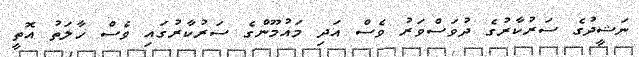
ނަޝީދުގެ ސަރުކާރުގެ ދުވަސްވަރު ވެސް އަދި މައުމޫންގެ ސަރުކާރުގައި ވެސް ހާލަތު އޮތީ